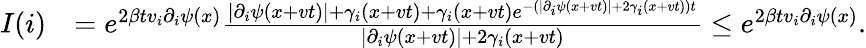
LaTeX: \begin{array}{rl}{I(i)}&{=e^{2\beta tv_{i}\partial_{i}\psi(x)}\frac{\lvert\partial_{i}\psi(x+vt)\rvert+\gamma_{i}(x+vt)+\gamma_{i}(x+vt)e^{-(\lvert\partial_{i}\psi(x+vt)\rvert+2\gamma_{i}(x+vt))t}}{\lvert\partial_{i}\psi(x+vt)\rvert+2\gamma_{i}(x+vt)}\leq e^{2\beta tv_{i}\partial_{i}\psi(x)}.}\end{array}